Scottish Leaving Certificate Examination, 1956
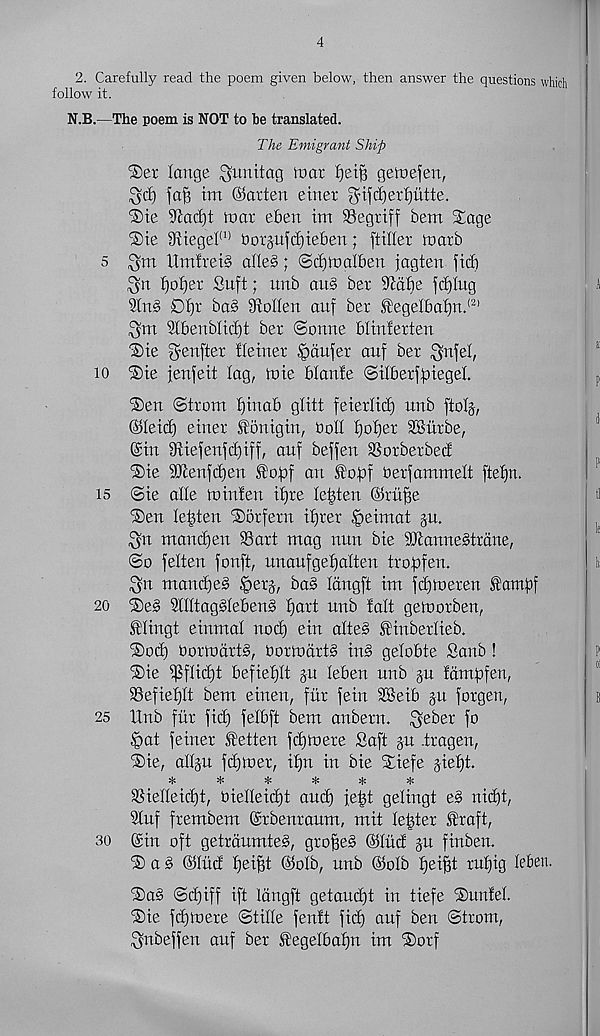
4
2. Carefully read the poem given below, then answer the questions which
follow it.
N.B.—The poem is NOT to be translated.
The Emigrant Ship
2)er lange ^unitag toar f)et§ getnefen,
fa§ tm ©arten etner ^ifdjerfjutte.
®ie S'Jacfyt to or eben im Segtiff bem S^age
®te ^iegel (1) borjufdjtebett; ftiller toarb
s
ttmfreig aHe§; ©d)tt)aI6en jagten fid)
^rt fyotjev Suft; unb au§ ber S'idbe fc£)iug
2ln§ 0i)r ba§ Siollert auf ber ^egelba'fjn.* 21
9lbenbltci)t ber (Sonne Mtnferten
iSie genfter ileiner §dufer auf ber ^nfel,
io ®te fenfeit lag, tote blanfe (SilberffnegeL
®en (Strom fjtnab gtitt feierltd) unb ftotj,
©teic^ etner St'onigin, bolt tjofjer SSurbe,
©in iRiefenfdjiff, auf beffeu SSorberbed
iSie StTcenfcben Si!of3f art fofif berfammett ftetjn.
is <Sie atie nrinteu itjre lenten ©rit^e
©eu lenten iSorfern itjrer §eimat ju.
^n manctjen Sart mag nun bie SDtanneStrdne,
(So felten fonft, unaufgefjatten troftfen.
Sn mand)e§ |>erj, ba§ tdngft im fd)toeren famf)f
20 ®e§ 2intag§tef)en§ fjart unb fait getoorben,
^lingt einmal nod) ein alte§ ^inb«ieb.
®oi^ borindrtS, boriudrtS in§ getobte Sanb!
®ie if5flid)t befiefjlt ju leben unb §u fdmfrfen,
©efietjlt bem etnen, fur feiu SSeib gu forgen,
25 Hub ftir fid) felbft bem anbern. ^eber fo
|>at feiner ^etten fd)U)ere Soft p .tragen,
®ie, adp fd)U)er, ifm in bie SLiefe §ie£)t.
*
*
❖
*
^
*
2SietIeid)t, bielleid)t aud) fe^t gelingt e§ nid)t,
2luf frembem ©rbenraum, mit tester Si'raft,
30 ©in oft getrdumteS, gro|e§ ©lud p finben.
a g ©tiid f)ei§t ©olb, unb ©olb Ifeifft ru^ig leben,
®a§ ©d)iff ift Idngft getaudjt in tiefe (Sunfel.
®ie fd)it)ere ©title fentt fit^ auf ben Strom,
$nbeffen auf ber fegetbatjn im ®orf